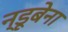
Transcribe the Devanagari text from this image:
न्डूबेना